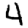
Digit: 4